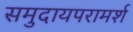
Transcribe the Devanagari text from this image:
समुदायपरामर्श